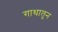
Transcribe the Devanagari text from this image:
गाथातून